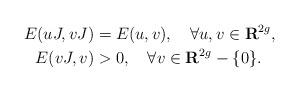
LaTeX: \begin{align*}E(uJ, vJ)&=E(u,v), \quad\forall u,v \in \mathbf{R}^{2g},\\E(vJ, v)&>0, \quad\forall v\in \mathbf{R}^{2g}-\{0\}.\end{align*}